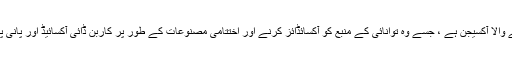
ایروبس کا حتمی ہائیڈروجن قبول کرنے والا آکسیجن ہے ، جسے وہ توانائی کے منبع کو آکسائڈائز کرنے اور اختتامی مصنوعات کے طور پر کاربن ڈائی آکسائیڈ اور پانی پیدا کرنے کے لئے استعمال کرتے ہیں۔